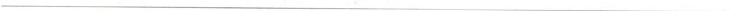
___